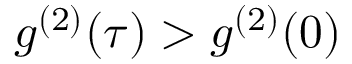
g ^ { ( 2 ) } ( \tau ) > g ^ { ( 2 ) } ( 0 )